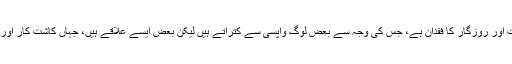
اب ان علاقوں میں بنیادی سہولیات اور روزگار کا فقدان ہے، جس کی وجہ سے بعض لوگ واپسی سے کتراتے ہیں لیکن بعض ایسے علاقے ہیں، جہاں کاشت کار اور تجارت اب بھی کی جا رہی ہے۔